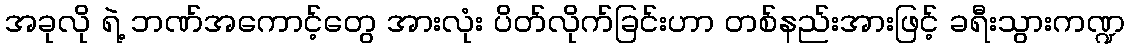
အခုလို ရဲ့ ဘဏ်အကောင့်တွေ အားလုံး ပိတ်လိုက်ခြင်းဟာ တစ်နည်းအားဖြင့် ခရီးသွားကဏ္ဍ